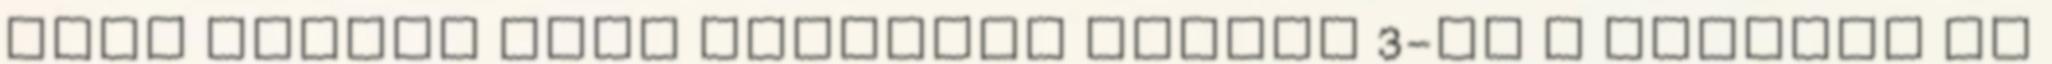
kőbe vésett akna mélysége osztva 3-al A geoláda és